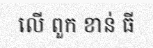
លើ ពួក ខាន់ ធី